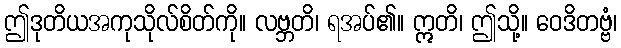
ဤဒုတိယအကုသိုလ်စိတ်ကို။ လဗ္ဘတိ၊ ရအပ်၏။ ဣတိ၊ ဤသို့။ ဝေဒိတဗ္ဗံ၊